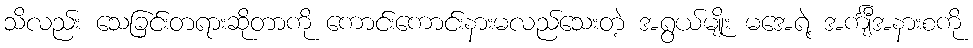
သိလည်း သေခြင်းတရားဆိုတာကို ကောင်းကောင်းနားမလည်သေးတဲ့ အရွယ်မျိုး မအေရဲ့ အင်္ကျီအနားစကို